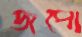
জপো